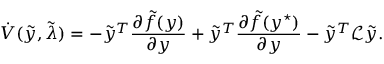
\dot { V } ( \tilde { y } , \tilde { \lambda } ) = - \tilde { y } ^ { T } \frac { \partial \tilde { f } ( y ) } { \partial y } + \tilde { y } ^ { T } \frac { \partial \tilde { f } ( y ^ { \star } ) } { \partial y } - \tilde { y } ^ { T } \mathcal { L } \tilde { y } .